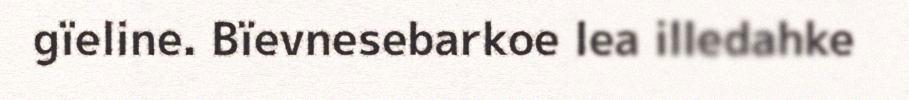
gïeline. Bïevnesebarkoe lea illedahke